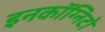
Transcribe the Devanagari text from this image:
इनकॉग्निटो